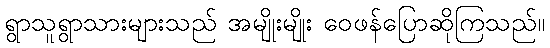
ရွာသူရွာသားများသည် အမျိုးမျိုး ဝေဖန်ပြောဆိုကြသည်။